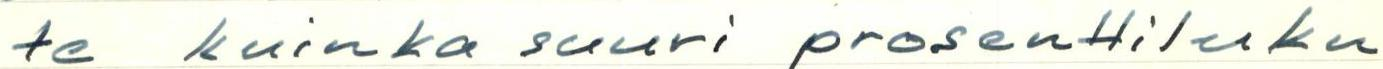
te kuinka suuri prosenttiluku